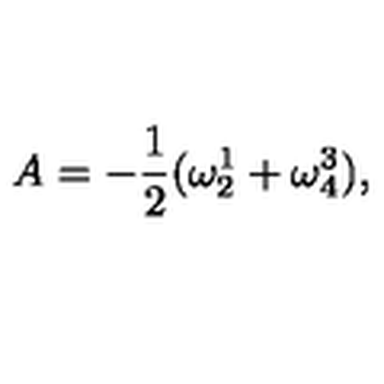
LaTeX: A = - \frac { 1 } { 2 } ( \omega _ { 2 } ^ { 1 } + \omega _ { 4 } ^ { 3 } ) ,